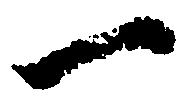
一